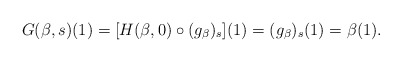
\begin{align*} G(\beta ,s) (1) = [H(\beta ,0)\circ(g_{\beta})_{s}](1) =(g_{\beta})_{s}(1)= \beta(1).\end{align*}